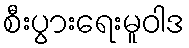
စီးပွားရေးမူဝါဒ